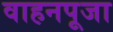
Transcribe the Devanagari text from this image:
वाहनपूजा